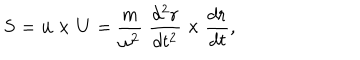
LaTeX: { \bf S } = { \bf u } \times { \bf U } = { \frac { m } { \omega ^ { 2 } } } \; { \frac { d ^ { 2 } { \bf r } } { d t ^ { 2 } } } \times { \frac { d { \bf r } } { d t } } ,